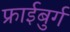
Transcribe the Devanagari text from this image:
फ्राईबुर्ग